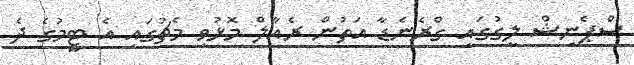
ސްޕެނިޝް ލީގުގައި ގްރެނެޑާ އަތުން ރެއާލް މޮޅުވި މެޗުގައި އެ ޓީމުގެ ދެ